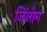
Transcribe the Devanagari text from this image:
जिंजीम